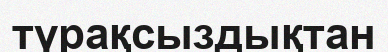
түрақсыздықтан